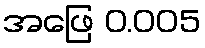
အဖြေ 0.005